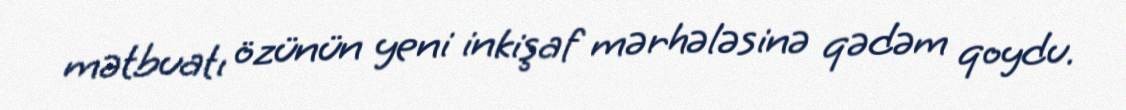
mətbuatı özünün yeni inkişaf mərhələsinə qədəm qoydu.